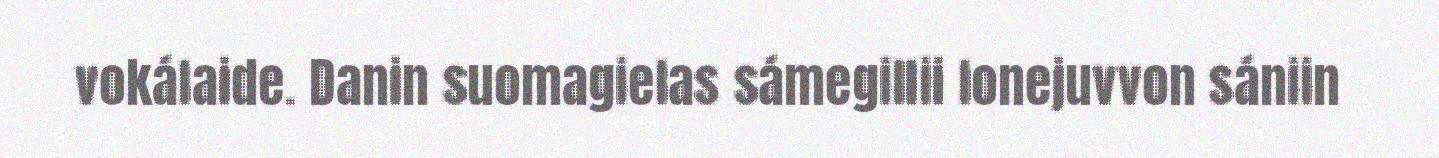
vokálaide. Danin suomagielas sámegillii lonejuvvon sániin